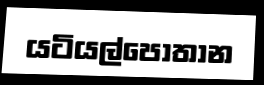
යටියල්පොතාන